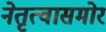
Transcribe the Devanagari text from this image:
नेतृत्वासमोर